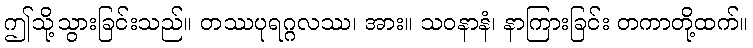
ဤသို့သွားခြင်းသည်။ တဿပုရဂ္ဂလဿ၊ အား။ သဝနာနံ၊ နာကြားခြင်း တကာတို့ထက်။